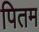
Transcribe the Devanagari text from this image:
पितम